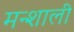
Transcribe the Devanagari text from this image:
मन्शाली